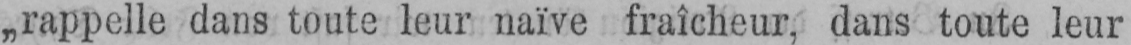
„rappelle dans toute leur naïve fraîcheur, dans toute leur